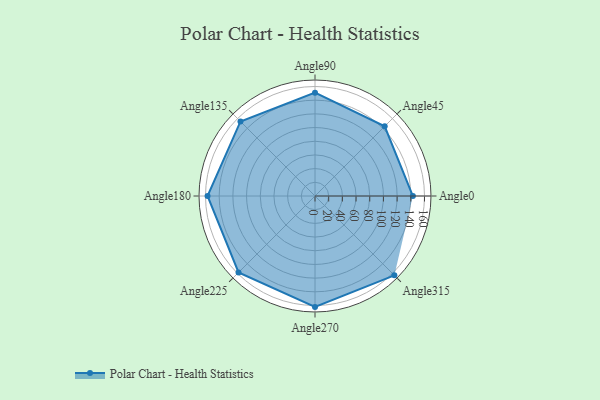
{"axis": {"x": "Angle", "y": "Radius"}, "legend": [""], "data": [{"x": "Angle0", "y": 143.0, "type": ""}, {"x": "Angle45", "y": 144.0, "type": ""}, {"x": "Angle90", "y": 151.0, "type": ""}, {"x": "Angle135", "y": 154.0, "type": ""}, {"x": "Angle180", "y": 157.0, "type": ""}, {"x": "Angle225", "y": 158.0, "type": ""}, {"x": "Angle270", "y": 162.0, "type": ""}, {"x": "Angle315", "y": 164.0, "type": ""}]}